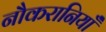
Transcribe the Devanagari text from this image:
नौकरानियाँ